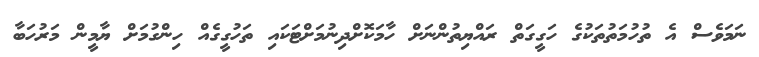
ނަމަވެސް އެ ތުހުމަތުތަކުގެ ހަގީގަތް ރައްޔިތުންނަށް ހާމަކޮށްދިނުމަށްޓަކައި ތަހުގީގެއް ހިންގުމަށް ޔާމީން މަރުހަބާ